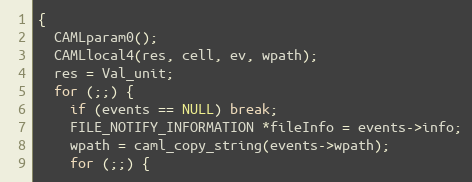
Language: C
{
  CAMLparam0();
  CAMLlocal4(res, cell, ev, wpath);
  res = Val_unit;
  for (;;) {
    if (events == NULL) break;
    FILE_NOTIFY_INFORMATION *fileInfo = events->info;
    wpath = caml_copy_string(events->wpath);
    for (;;) {